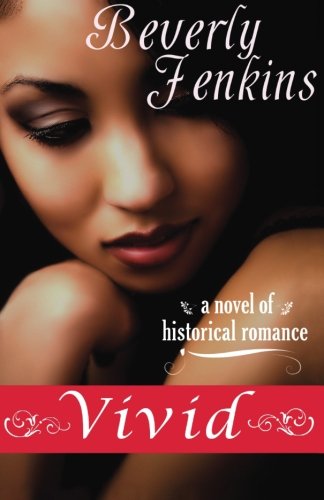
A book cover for Vivid; Beverly Jenkins; Romance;